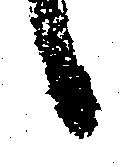
日